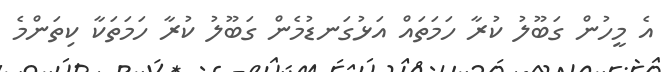
އެ މީހުން ގަބޫލު ކުރާ ހަމަތައް އަޅުގަނޑުމެން ގަބޫލު ކުރާ ހަމަތަކާ ކިތަންމެ